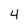
Character: 4